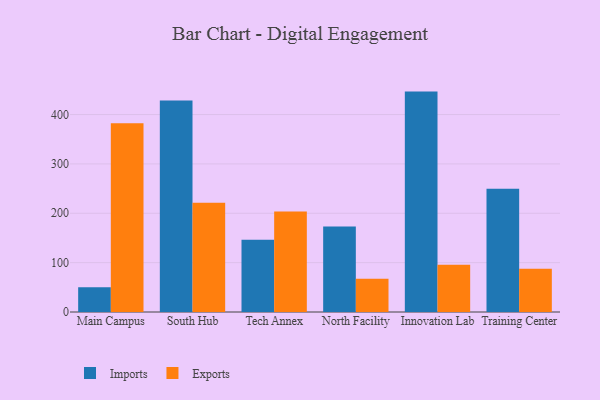
{"axis": {"x": "Campus", "y": "Website Visitors"}, "legend": ["Exports", "Imports"], "data": [{"x": "Main Campus", "y": 50.3, "type": "Imports"}, {"x": "Main Campus", "y": 382.6, "type": "Exports"}, {"x": "South Hub", "y": 428.7, "type": "Imports"}, {"x": "South Hub", "y": 221.1, "type": "Exports"}, {"x": "Tech Annex", "y": 146.2, "type": "Imports"}, {"x": "Tech Annex", "y": 203.8, "type": "Exports"}, {"x": "North Facility", "y": 173.1, "type": "Imports"}, {"x": "North Facility", "y": 67.4, "type": "Exports"}, {"x": "Innovation Lab", "y": 446.5, "type": "Imports"}, {"x": "Innovation Lab", "y": 95.5, "type": "Exports"}, {"x": "Training Center", "y": 249.7, "type": "Imports"}, {"x": "Training Center", "y": 87.4, "type": "Exports"}]}